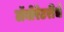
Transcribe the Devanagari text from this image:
लॅबोरेटरीचे